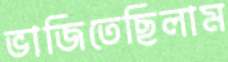
ভাজিতেছিলাম